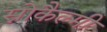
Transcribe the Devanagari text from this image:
स्नोकैल्मी